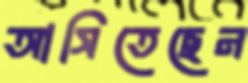
আসিতেছেন